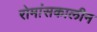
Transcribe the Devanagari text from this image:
रोमांसकालीन